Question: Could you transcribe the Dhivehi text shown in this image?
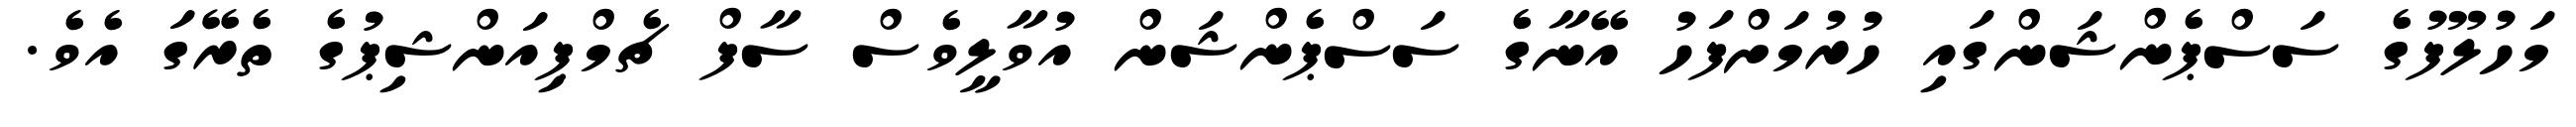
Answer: މަހުލޫފުގެ ސަސްޕެންޝަންގައި ހުރުމަށްފަހު އޭނާގެ ސަސްޕެންޝަން އުވާލީވެސް ސާފް ޗެމްޕިއަންޝިޕުގެ ތެރޭގަ އެވެ.